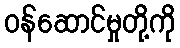
ဝန်ဆောင်မှုတို့ကို